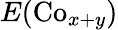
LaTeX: E(\mathrm{Co}_{x+y})